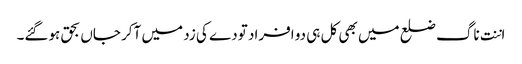
اننت ناگ ضلع میں بھی کل ہی دو افراد تودے کی زد میں آکر جاں بحق ہوگئے۔